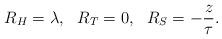
LaTeX: \begin{align*}R_H = \lambda, \ \ R_T = 0, \ \ R_S = -\frac{z}{\tau}.\end{align*}